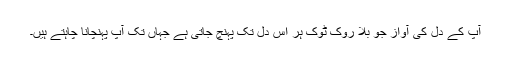
آپ کے دل کی آواز جو بلا روک ٹوک ہر اس دل تک پہنچ جاتی ہے جہاں تک آپ پہنچانا چاہتے ہیں۔